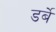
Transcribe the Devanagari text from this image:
डर्बे